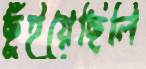
ছুঁইয়েছিলি